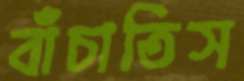
বাঁচাতিস